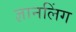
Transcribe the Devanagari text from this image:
ज्ञानलिंग